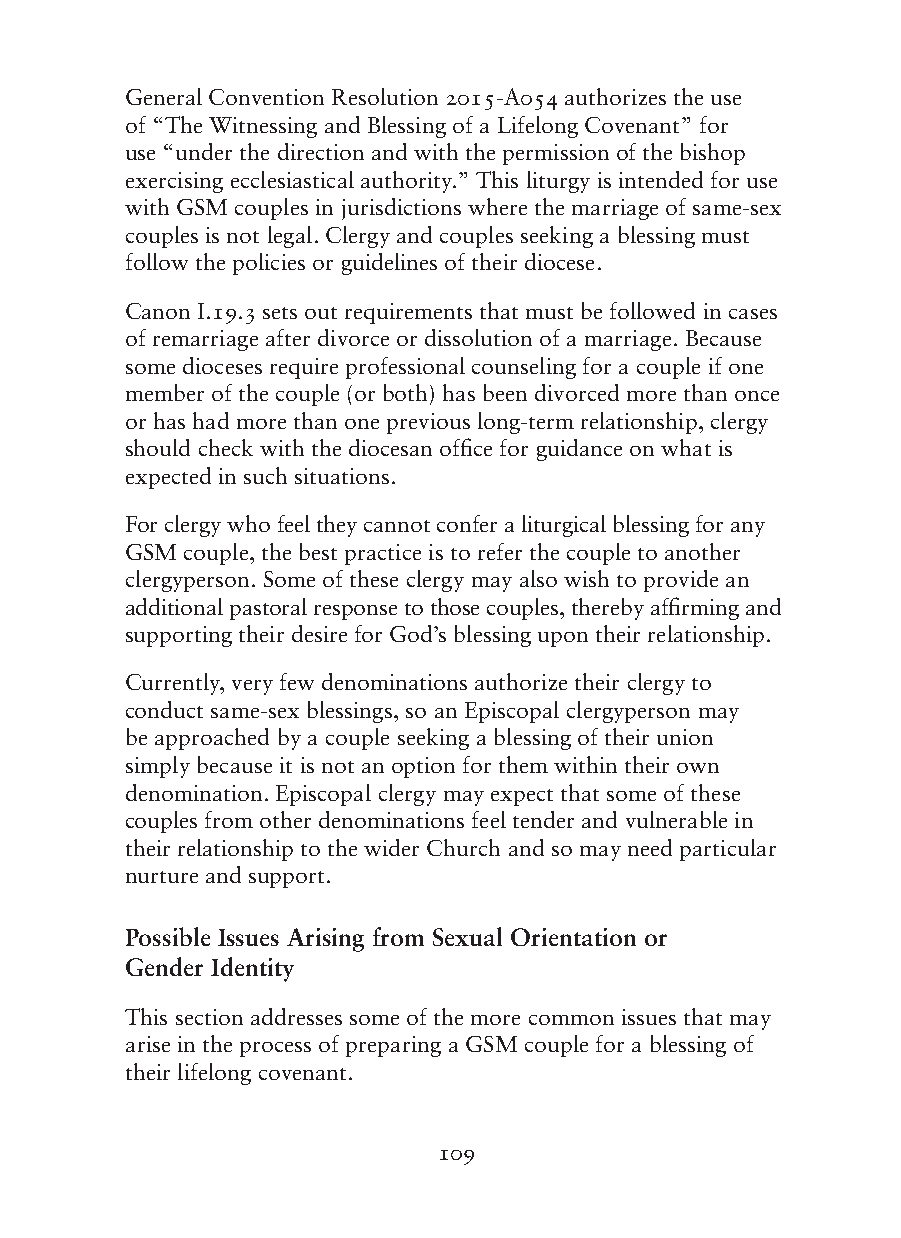
General Convention Resolution 2015-A054 authorizes the use
 of “The Witnessing and Blessing of a Lifelong Covenant” for
 use “under the direction and with the permission of the bishop
 exercising ecclesiastical authority.” This liturgy is intended for use
 with GSM couples in jurisdictions where the marriage of same-sex
 couples is not legal. Clergy and couples seeking a blessing must
 follow the policies or guidelines of their diocese.
 Canon I.19.3 sets out requirements that must be followed in cases
 of remarriage after divorce or dissolution of a marriage. Because
 some dioceses require professional counseling for a couple if one
 member of the couple (or both) has been divorced more than once
 or has had more than one previous long-term relationship, clergy
 should check with the diocesan office for guidance on what is
 expected in such situations.
 For clergy who feel they cannot confer a liturgical blessing for any
 GSM couple, the best practice is to refer the couple to another
 clergyperson. Some of these clergy may also wish to provide an
 additional pastoral response to those couples, thereby affirming and
 supporting their desire for God’s blessing upon their relationship.
 Currently, very few denominations authorize their clergy to
 conduct same-sex blessings, so an Episcopal clergyperson may
 be approached by a couple seeking a blessing of their union
 simply because it is not an option for them within their own
 denomination. Episcopal clergy may expect that some of these
 couples from other denominations feel tender and vulnerable in
 their relationship to the wider Church and so may need particular
 nurture and support.
 Possible Issues Arising from Sexual Orientation or
 Gender Identity
 This section addresses some of the more common issues that may
 arise in the process of preparing a GSM couple for a blessing of
 their lifelong covenant.
 109